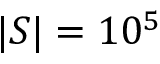
\vert { \cal S } \vert = 1 0 ^ { 5 }